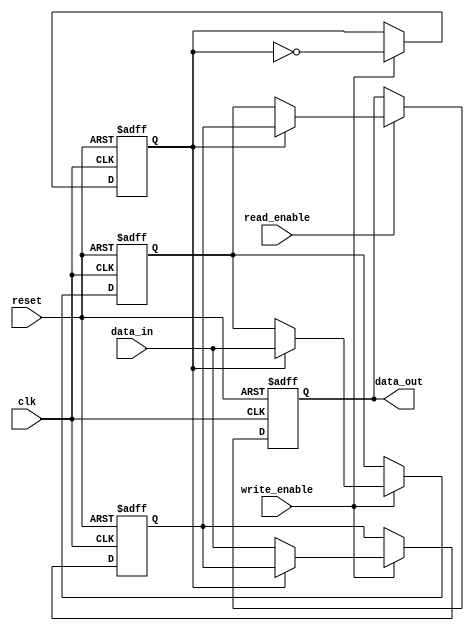
module double_buffer_register (
    input wire clk,
    input wire reset,
    input wire [15:0] data_in,       // Assuming 16-bit data width
    input wire write_enable,
    input wire read_enable,
    output reg [15:0] data_out
);

    reg [15:0] buffer_a;             // First buffer
    reg [15:0] buffer_b;             // Second buffer
    reg active_buffer;               // Active buffer flag (0 for buffer_a, 1 for buffer_b)

    // Asynchronous reset and buffer operations
    always @(posedge clk or posedge reset) begin
        if (reset) begin
            buffer_a <= 16'b0;        // Clear buffer_a
            buffer_b <= 16'b0;        // Clear buffer_b
            active_buffer <= 1'b0;     // Initialize to buffer_a
            data_out <= 16'b0;         // Initialize output
        end else begin
            // Write operation
            if (write_enable) begin
                if (active_buffer == 1'b0) begin
                    buffer_a <= data_in; // Write to buffer_a
                end else begin
                    buffer_b <= data_in; // Write to buffer_b
                end
                // Toggle active buffer
                active_buffer <= ~active_buffer;
            end
            
            // Read operation
            if (read_enable) begin
                if (active_buffer == 1'b0) begin
                    data_out <= buffer_b; // Read from buffer_b
                end else begin
                    data_out <= buffer_a; // Read from buffer_a
                end
            end
        end
    end

endmodule